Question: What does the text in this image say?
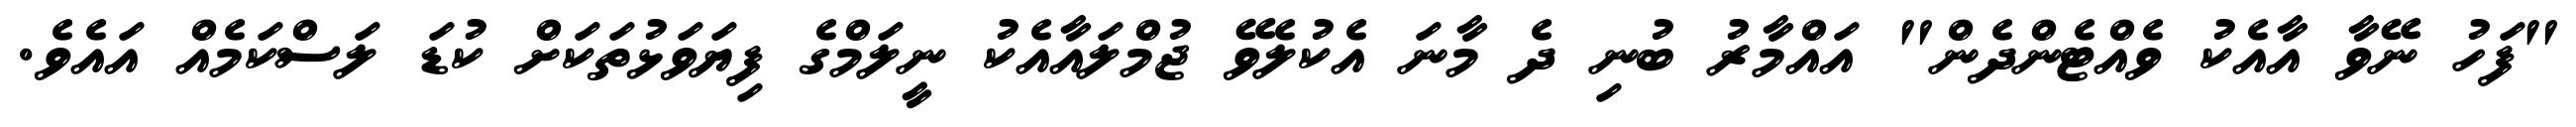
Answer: "ފަހު ނޭވާ އާއެކު ވެއްޓެންދެން" އައްމާރު ބުނި ދެ މާނަ އެކުލެވޭ ޖުމްލައާއެކު ނީލަމްގެ ފިޔަވަޅުތަކަށް ކުޑަ ލަސްކަމެއް އައެވެ.